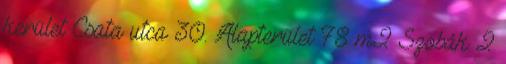
kerület Csata utca 30. Alapterület 78 m2 Szobák 2